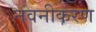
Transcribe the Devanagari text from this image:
नवनीकरण